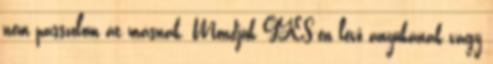
nem passzolom át másnak. Mondjuk GYES-en lévő anyukának vagy